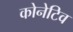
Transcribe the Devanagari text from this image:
कोनेटिव